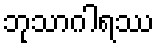
ဘုသာဂါရဿ